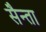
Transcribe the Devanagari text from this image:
सैन्ता